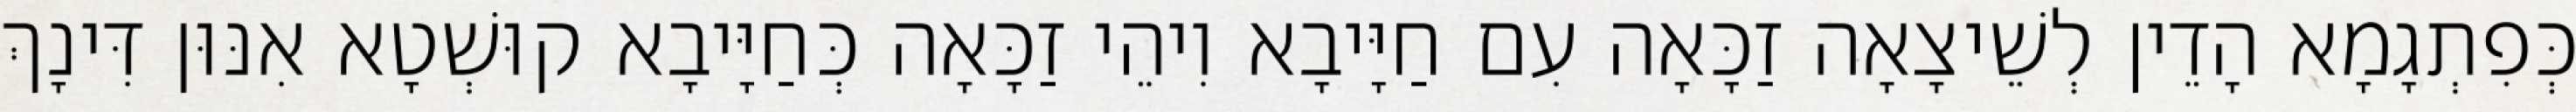
כְּפִתְגָמָא הָדֵין לְשֵׁיצָאָה זַכָּאָה עִם חַיָּיבָא וִיהֵי זַכָּאָה כְּחַיָּיבָא קוּשְׁטָא אִנּוּן דִּינָךְ